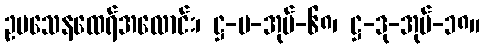
ဥပသေနထေရ်အလောင်း၊ ဋ္ဌ-ပ-အုပ်-၆၈၊ ဋ္ဌ-ဒု-အုပ်-၁၈။